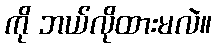
ကို ဘယ်လိုထားမလဲ။